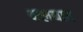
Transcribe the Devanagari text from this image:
क्लबात